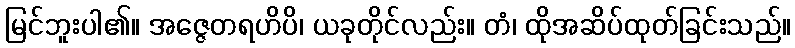
မြင်ဘူးပါ၏။ အဇ္ဇေတရဟိပိ၊ ယခုတိုင်လည်း။ တံ၊ ထိုအဆိပ်ထုတ်ခြင်းသည်။